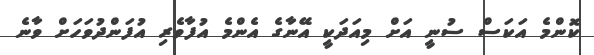
ކޮންމެ އަކަސް ސުނީ އަށް މިއަދަކީ އޭނާގެ އެންމެ އުފާވެރި އުފަންދުވަހަށް ވާނެ